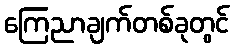
ကြေညာချက်တစ်ခုတွင်